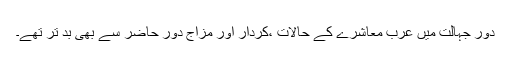
دورِ جہالت میں عرب معاشرے کے حالات ،کردار اور مزاج دورِ حاضر سے بھی بد تر تھے۔